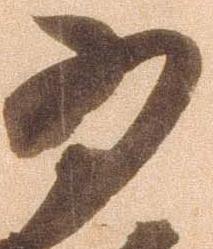
為